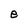
Character: e